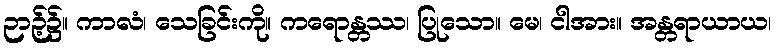
ဉာဉ့်၌။ ကာလံ၊ သေခြင်းကို။ ကရောန္တဿ၊ ပြုသော။ မေ၊ ငါအား။ အန္တရာယာယ၊